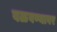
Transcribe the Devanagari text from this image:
वळवण्यावर